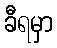
ခီရမှာ